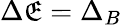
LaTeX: \Delta\mathfrak{E}=\Delta_{B}